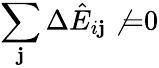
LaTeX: \sum_{\mathbf{j}}\Delta\hat{{E}}_{i\mathbf{j}}\not{=}0